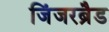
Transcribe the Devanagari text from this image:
जिंजरब्रैड